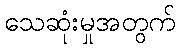
သေဆုံးမှုအတွက်